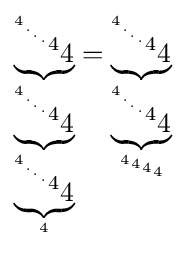
\underbrace {^{^{^{^{^{4}.}.}.}4}4} _{\underbrace {^{^{^{^{^{4}.}.}.}4}4} _{\underbrace {^{^{^{^{^{4}.}.}.}4}4} _{4}}}=\underbrace {^{^{^{^{^{4}.}.}.}4}4} _{\underbrace {^{^{^{^{^{4}.}.}.}4}4} _{^{^{^{4}4}4}4}}